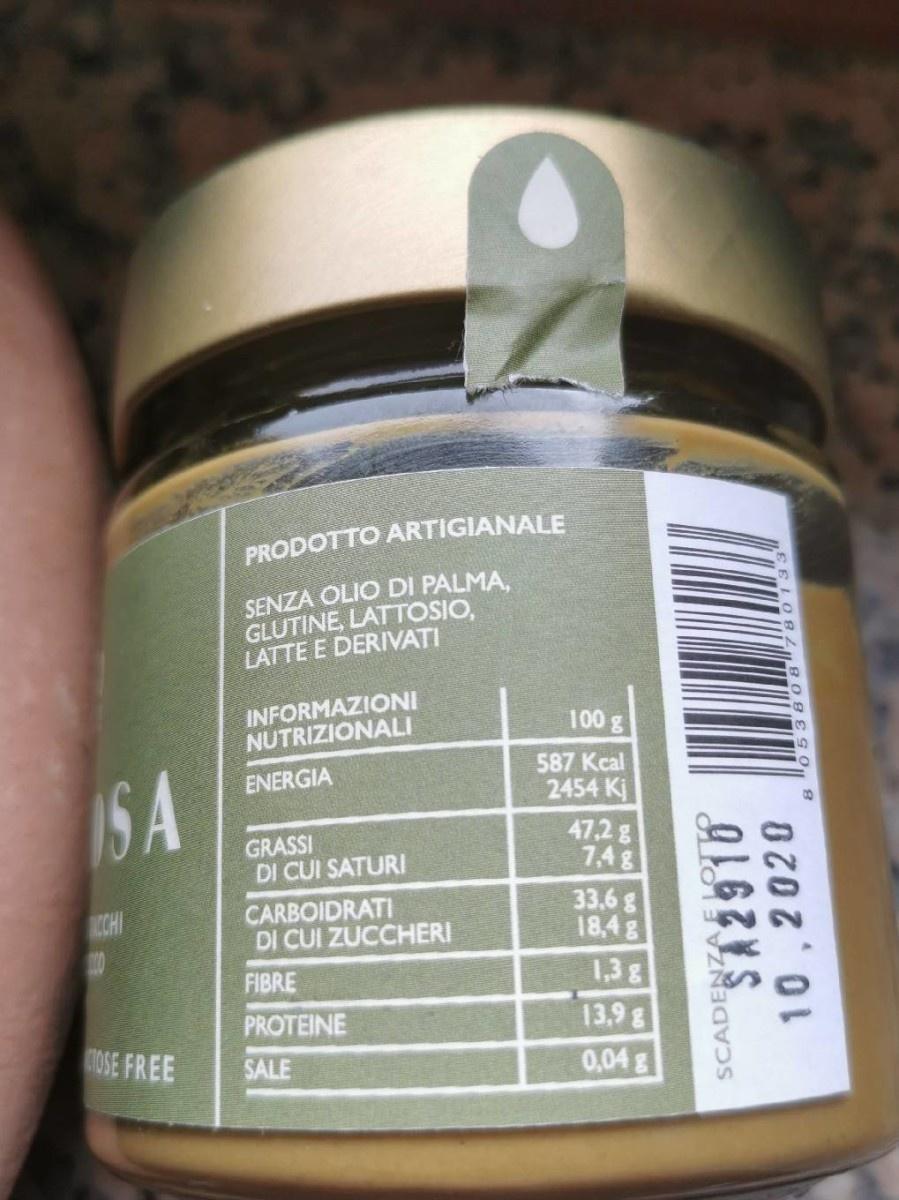
PRODOTTO ARTIGIANALE
SENZA OLIO DI PALMA, GLUTINE, LATTOSIO, LATTE E DERIVATI
INFORMAZIONI NUTRIZIONALI
100 g
587 Kcal 2454 Kj
ENERGIA
IS A
47.2 g 7,4g 33,6 g 18,4 g
GRASSI DI CUI SATURI
ACCHI
CARBOIDRATI DI CUI ZUCCHERI
1,3 g 13,9 g 0,04 g
FIBRE
PROTEINE
OSE FREE
SALE
SCADENZAELOT
S12916 10,2020
8 05380 8"78013.